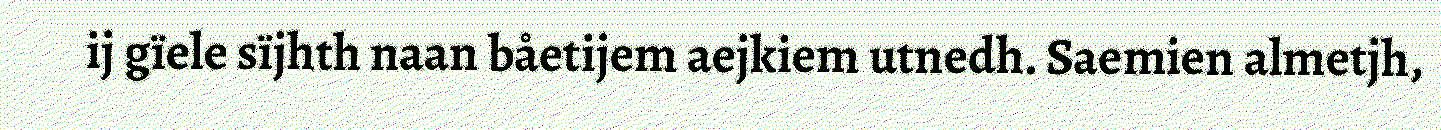
ij gïele sïjhth naan båetijem aejkiem utnedh. Saemien almetjh,